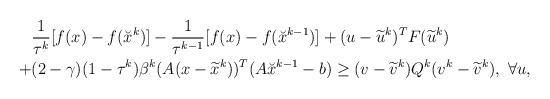
LaTeX: \begin{align*}\begin{aligned}&\frac{1}{\tau^k}[f(x)-f(\breve{x}^{k})]-\frac{1}{\tau^{k-1}}[f(x)-f(\breve{x}^{k-1})]+(u-\widetilde{u}^k)^TF(\widetilde{u}^k)\\+&(2-\gamma)(1-\tau^k)\beta^k(A(x-\widetilde{x}^k))^T(A\breve{x}^{k-1}-b)\geq(v-\widetilde{v}^k)Q^k(v^k-\widetilde{v}^k),~\forall u,\end{aligned}\end{align*}